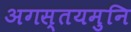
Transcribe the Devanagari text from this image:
अगस्तयमुनि